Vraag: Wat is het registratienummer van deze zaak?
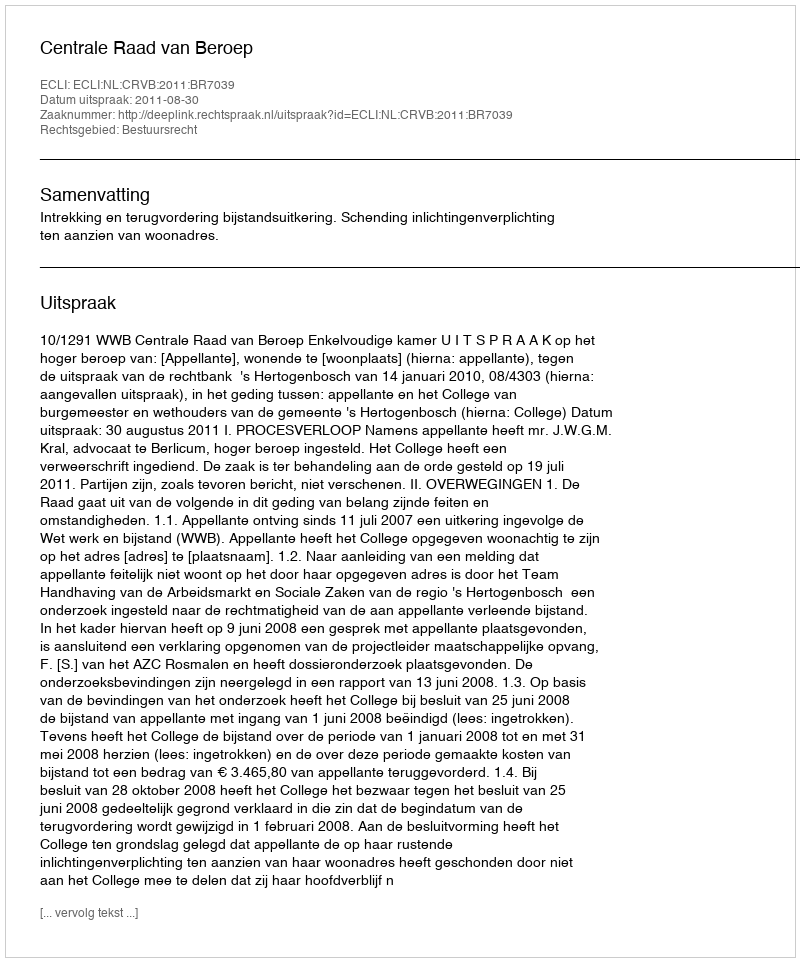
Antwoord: http://deeplink.rechtspraak.nl/uitspraak?id=ECLI:NL:CRVB:2011:BR7039